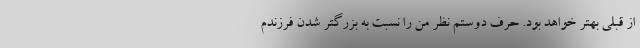
از قبلی بهتر خواهد بود. حرف دوستم نظر من را نسبت به بزرگتر شدن فرزندم